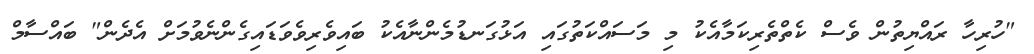
"ހުރިހާ ރައްޔިތުން ވެސް ކެތްތެރިކަމާއެކު މި މަަސައްކަތުގައި އަޅުގަނޑުމެންނާއެކު ބައިވެރިވެވަޑައިގެންނެވުމަށް އެދެން" ބައްސާމް